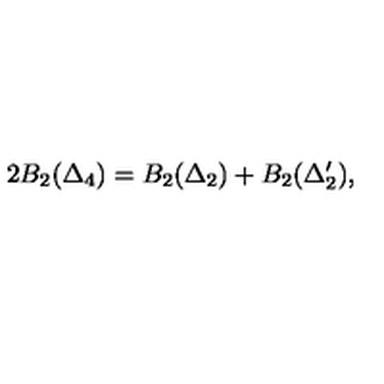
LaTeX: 2 B _ { 2 } ( \Delta _ { 4 } ) = B _ { 2 } ( \Delta _ { 2 } ) + B _ { 2 } ( \Delta _ { 2 } ^ { \prime } ) ,